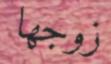
زوجھا